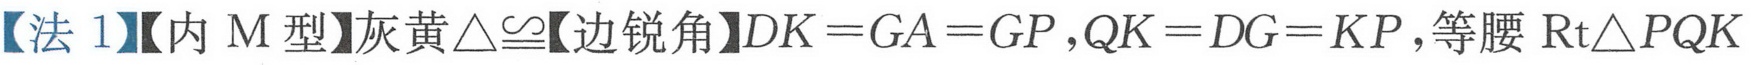
【法 1】【内 M 型】灰黄\(\triangle\cong\)【边锐角】\(DK = GA = GP，QK = DG = KP\)，等腰\(\text{Rt}\triangle PQK\)